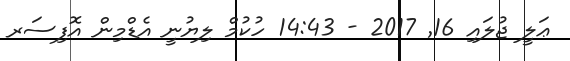
ޢަލީ ޖުލައި 16